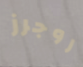
روجرز